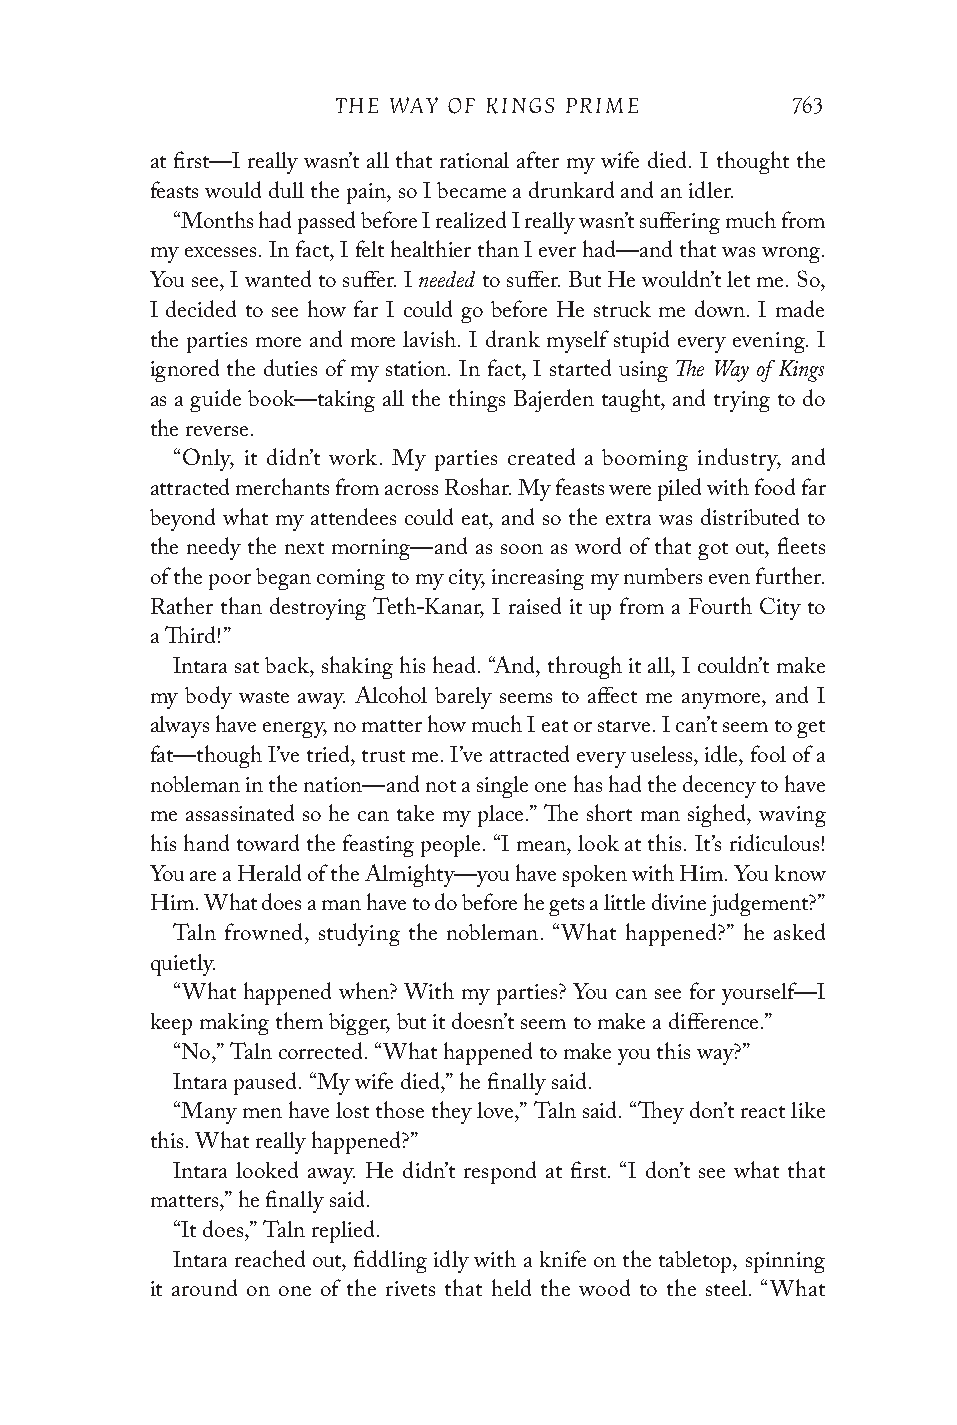
THE WAY OF KINGS PRIME        763
 at first—I really wasn’t all that rational after my wife died. I thought the
 feasts would dull the pain, so I became a drunkard and an idler.
 “Months had passed before I realized I really wasn’t suffering much from
 my excesses. In fact, I felt healthier than I ever had—and that was wrong.
 needed
 You see, I wanted to suffer. I to suffer. But He wouldn’t let me. So,
 I decided to see how far I could go before He struck me down. I made
 the parties more and more lavish. I drank myself stupid every evening. I
 The Way of Kings
 ignored the duties of my station. In fact, I started using
 as a guide book—taking all the things Bajerden taught, and trying to do
 the reverse.
 “Only, it didn’t work. My parties created a booming industry, and
 attracted merchants from across Roshar. My feasts were piled with food far
 beyond what my attendees could eat, and so the extra was distributed to
 the needy the next morning—and as soon as word of that got out, fleets
 of the poor began coming to my city, increasing my numbers even further.
 Rather than destroying Teth-Kanar, I raised it up from a Fourth City to
 a Third!”
 Intara sat back, shaking his head. “And, through it all, I couldn’t make
 my body waste away. Alcohol barely seems to affect me anymore, and I
 always have energy, no matter how much I eat or starve. I can’t seem to get
 fat—though I’ve tried, trust me. I’ve attracted every useless, idle, fool of a
 nobleman in the nation—and not a single one has had the decency to have
 me assassinated so he can take my place.” The short man sighed, waving
 his hand toward the feasting people. “I mean, look at this. It’s ridiculous!
 You are a Herald of the Almighty—you have spoken with Him. You know
 Him. What does a man have to do before he gets a little divine judgement?”
 Taln frowned, studying the nobleman. “What happened?” he asked
 quietly.
 “What happened when? With my parties? You can see for yourself—I
 keep making them bigger, but it doesn’t seem to make a difference.”
 “No,” Taln corrected. “What happened to make you this way?”
 Intara paused. “My wife died,” he finally said.
 “Many men have lost those they love,” Taln said. “They don’t react like
 this. What really happened?”
 Intara looked away. He didn’t respond at first. “I don’t see what that
 matters,” he finally said.
 “It does,” Taln replied.
 Intara reached out, fiddling idly with a knife on the tabletop, spinning
 it around on one of the rivets that held the wood to the steel. “What